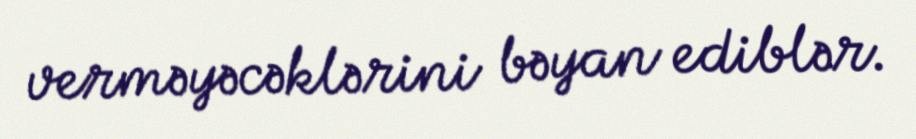
verməyəcəklərini bəyan ediblər.